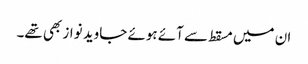
ان میں مسقط سے آئے ہوئے جاوید نواز بھی تھے۔